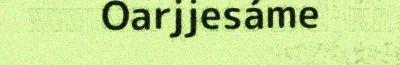
Oarjjesáme